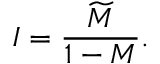
I = { \frac { \widetilde M } { 1 - M } } .